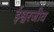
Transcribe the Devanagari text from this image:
ईश्वरजीव